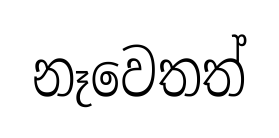
නෑවෙතත්